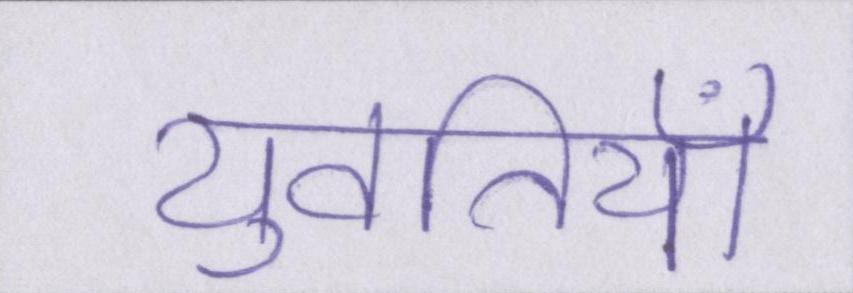
युवतियाँ